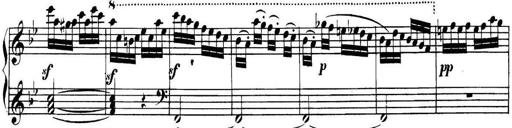
Title: Collected Piano Sonatas
Composer: Muzio Clementi